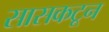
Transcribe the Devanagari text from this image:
सासकटून